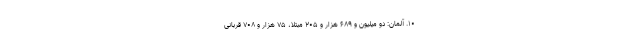
۱۰. آلمان: دو میلیون و ۶۸۹ هزار و ۲۰۵ مبتلا، ۷۵ هزار و ۷۰۸ قربانی